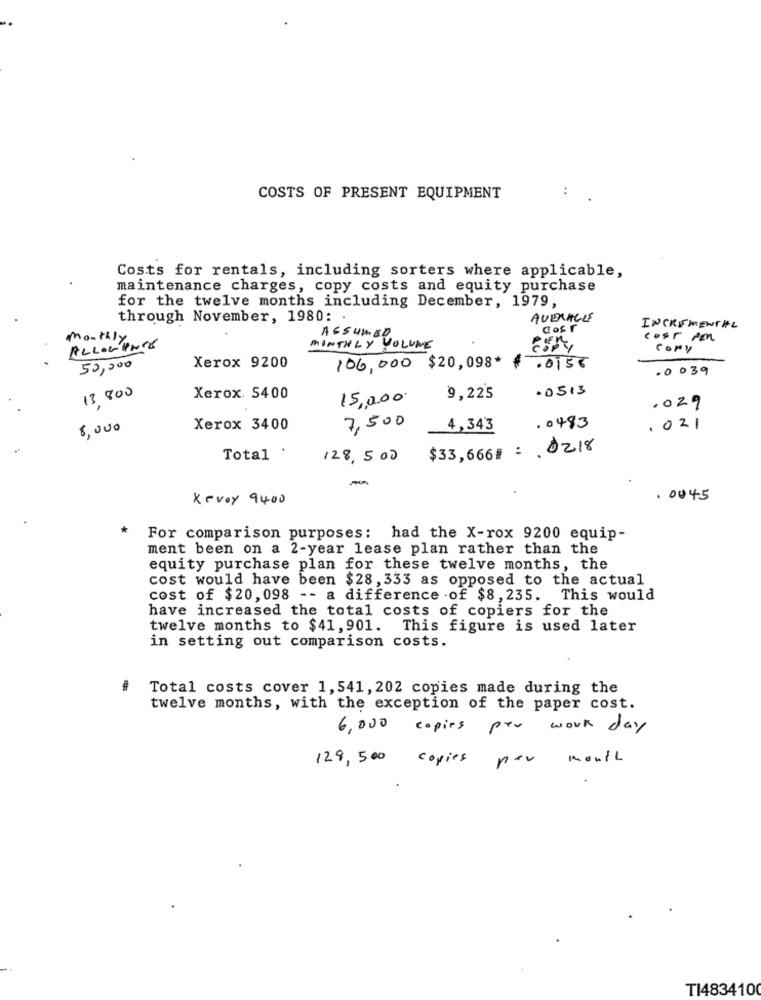
COSTS OF PRESENT EQUIPMENT
Costs for rentals, including sorters where applicable,
maintenance charges, copy costs and equity purchase
for the twelve months including December, 1979,
through November, 1980:
AVERAGES
Cos r
INCREMENTAL
Monthly
MONTHLY VOLUME
ASSUMED
cost Pen
ALLOWANCE
cory
50,000
Xerox 9200
106,000 $20,098* * . 0156
·0039
13,800
.0513
Xerox. 5400
15,0,00.
9,22'5
.029
. 0483
8,000
Xerox 3400
7,500
4,343
.021
$33,666# : 0218
Total '
128,500
Kevoy 9400
. 0045
For comparison purposes: had the X-rox 9200 equip-
ment been on a 2-year lease plan rather than the
equity purchase plan for these twelve months, the
cost would have been $28, 333 as opposed to the actual
cost of $20, 098 -- a difference of $8, 235. This would
have increased the total costs of copiers for the
twelve months to $41, 901. This figure is used later
in setting out comparison costs.
Total costs cover 1,541, 202 copies made during the
twelve months, with the exception of the paper cost.
6,000 copies per work day
129,500 copies per month
TI483410